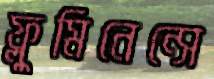
ফ্লুমিনেন্সে